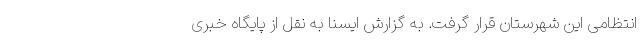
انتظامی این شهرستان قرار گرفت. به گزارش ایسنا به نقل از پایگاه خبری